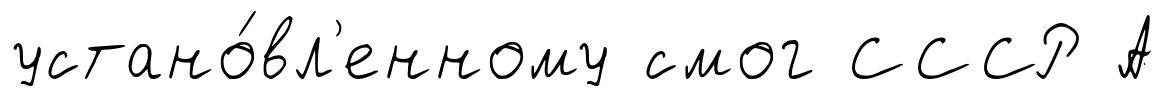
устано́вл'енному смог СССР А